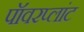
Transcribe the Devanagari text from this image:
पॉवरप्लांट